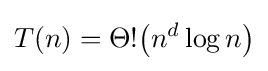
T(n)=\Theta !{\bigl (}n^{d}\log n{\bigr )}